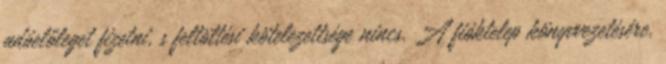
adóelőleget fizetni, s feltöltési kötelezettsége nincs. A fióktelep könyvvezetésére,